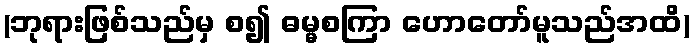
(ဘုရားဖြစ်သည်မှ စ၍ ဓမ္မစကြာ ဟောတော်မူသည်အထိ)